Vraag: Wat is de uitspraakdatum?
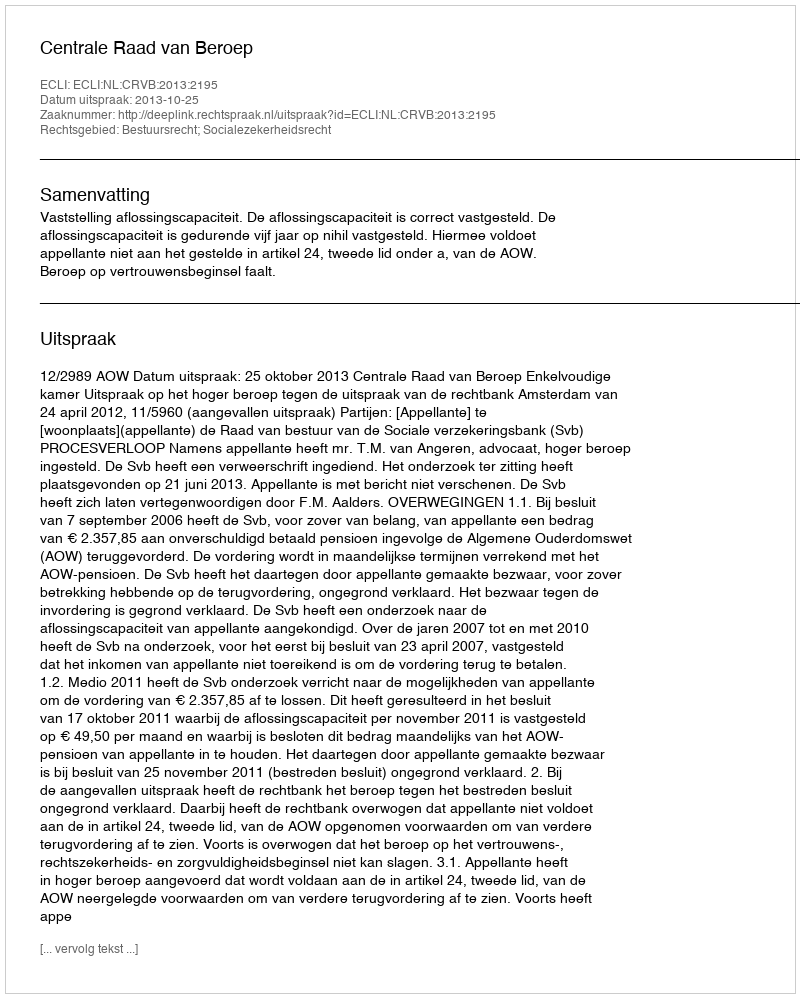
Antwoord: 2013-10-25